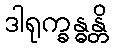
ဒါရုက္ခန္ဓန္တိ